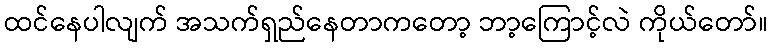
ထင်နေပါလျက် အသက်ရှည်နေတာကတော့ ဘာ့ကြောင့်လဲ ကိုယ်တော်။